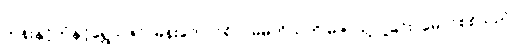
ဘုန်းနှင့်ကံနှင့်ရွှေသဇင်၊ မန်းတောင်ရိပ်၊ မိမိကိုယ်ကို မဲဇာသို့ ပို့ခြင်း၊ မောင်စစ်သည်၊